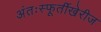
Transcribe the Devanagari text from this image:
अंतःस्फूर्तीखेरीज